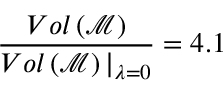
\frac { V o l \left( \mathcal { M } \right) } { V o l \left( \mathcal { M } \right) \vert _ { \lambda = 0 } } = 4 . 1